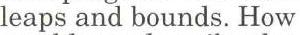
leaps and bounds. How